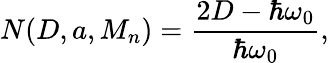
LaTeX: N(D,a,M_{n})=\frac{2D-\hbar\omega_{0}}{\hbar\omega_{0}},